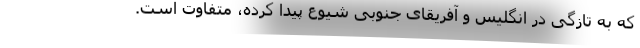
که به تازگی در انگلیس و آفریقای جنوبی شیوع پیدا کرده، متفاوت است.